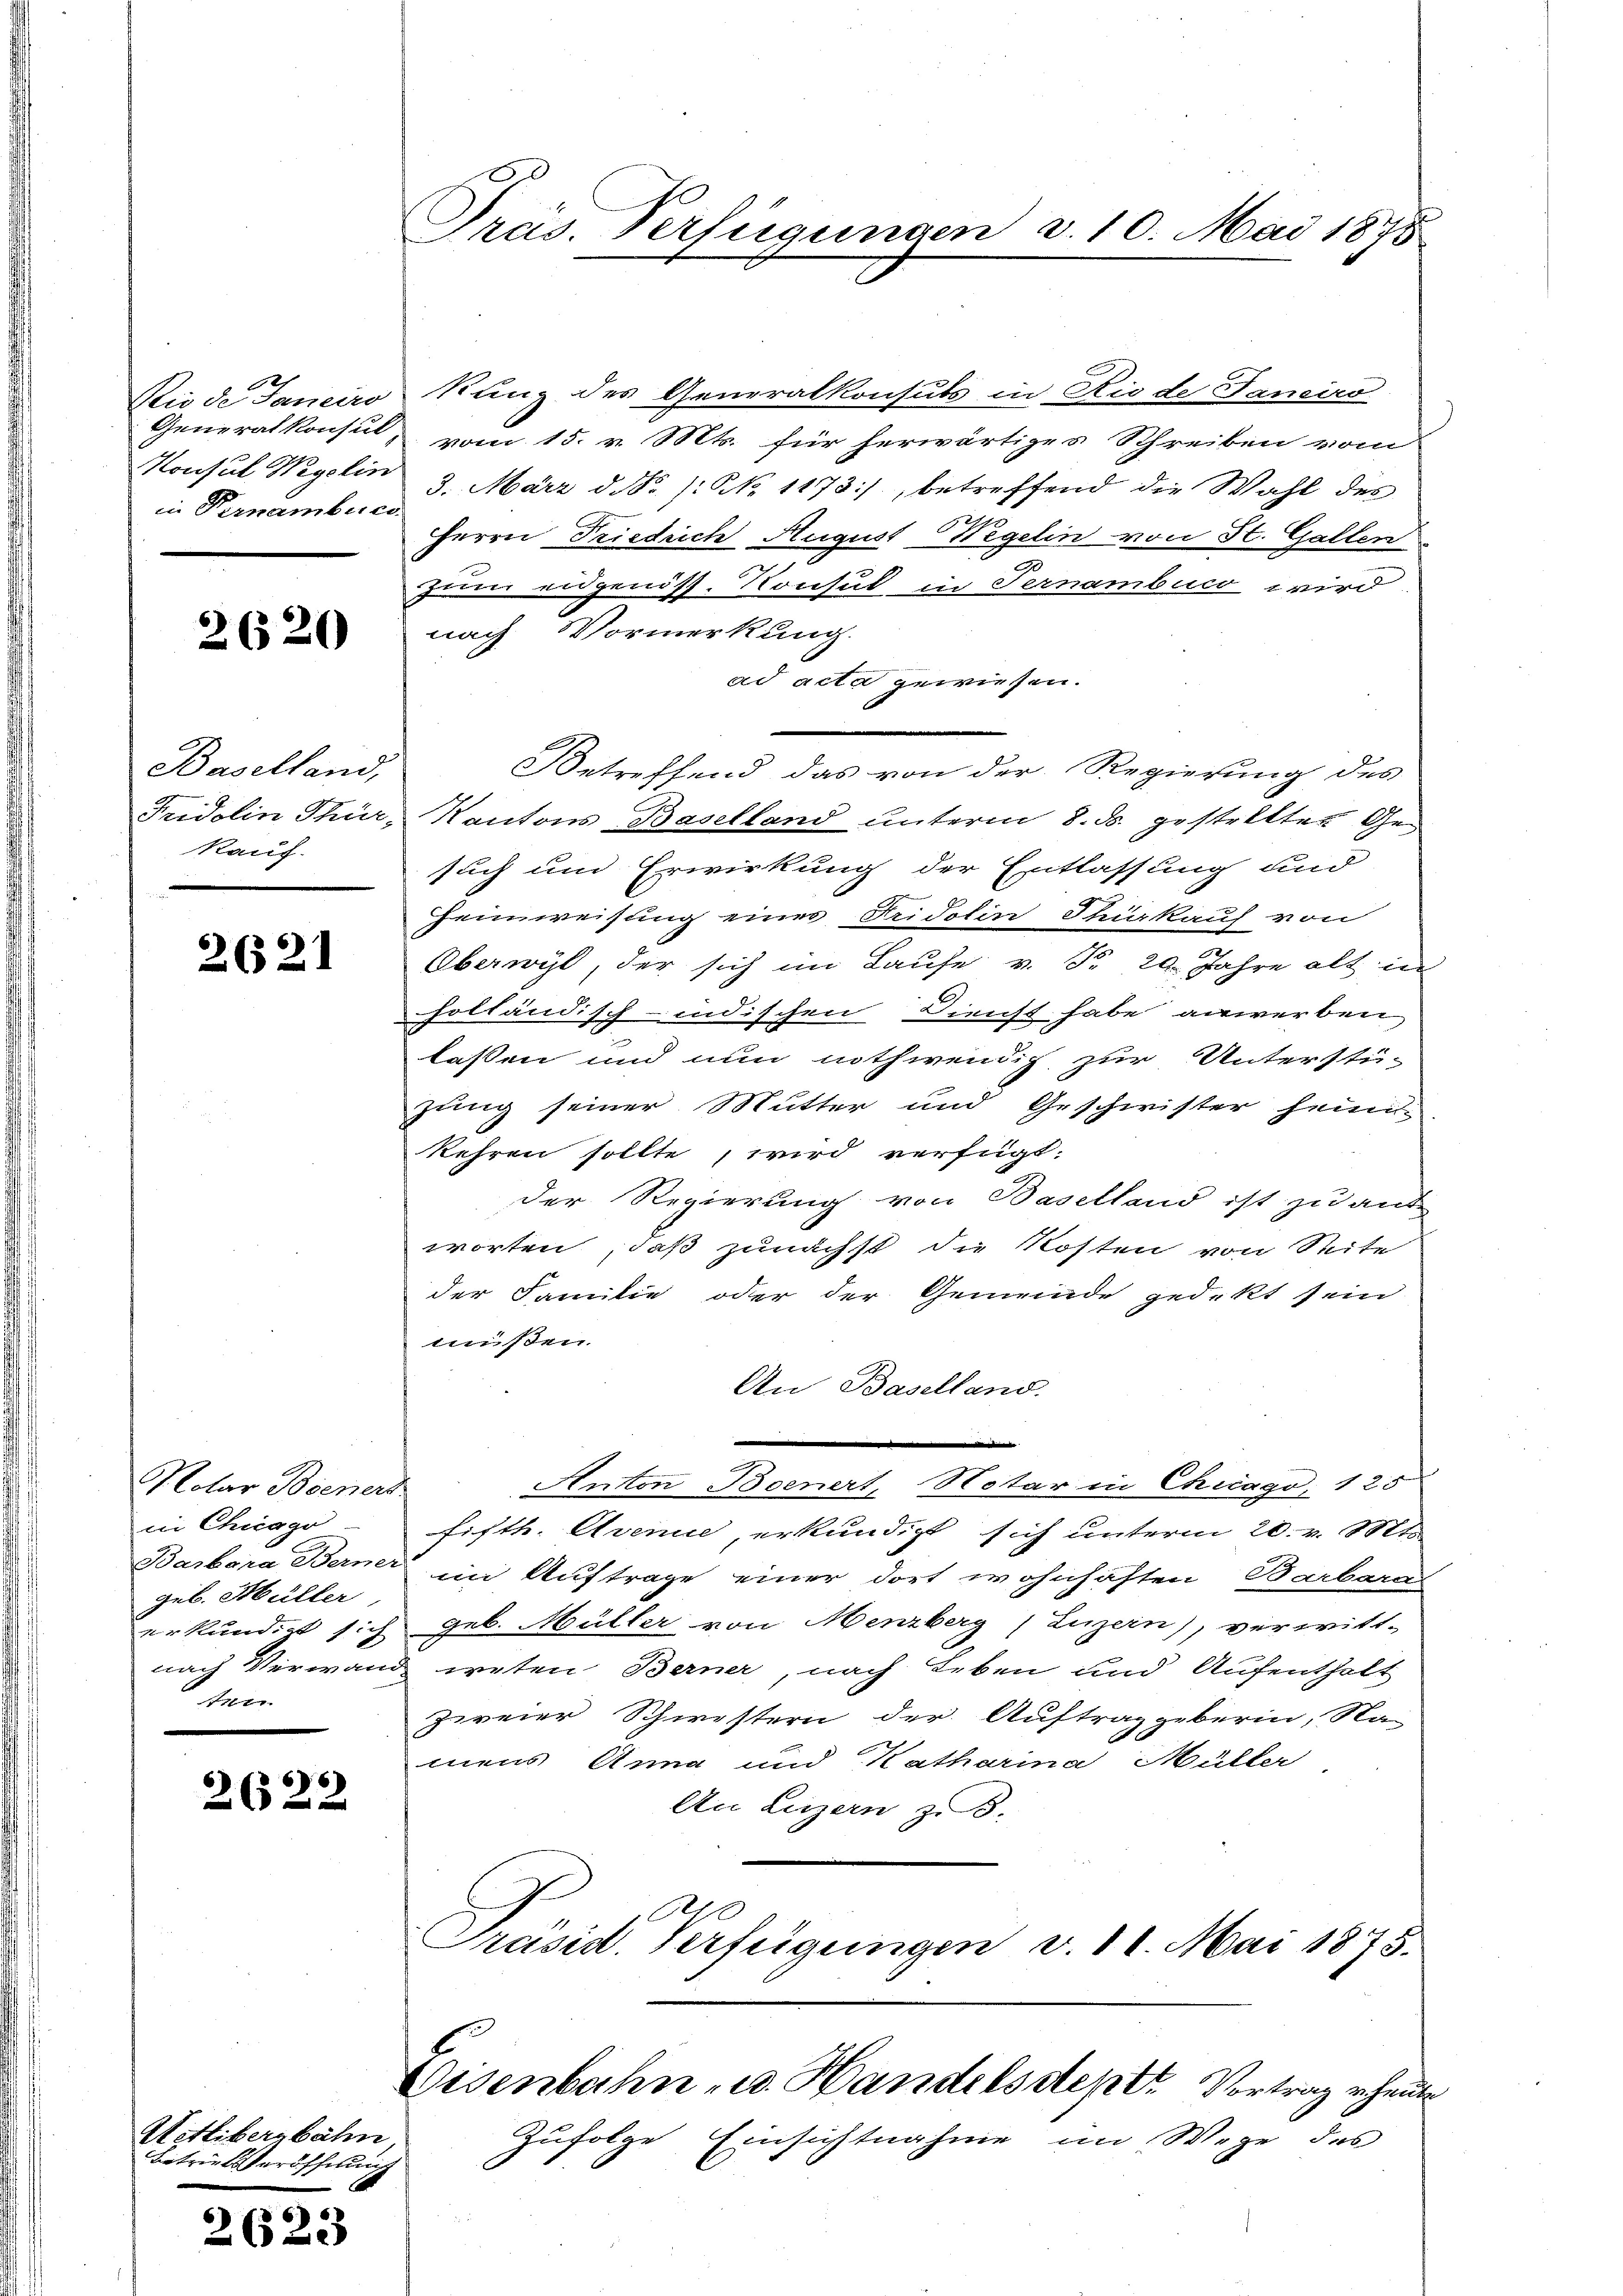
1
Die de Janeiro
Generalkonsul
Konsul Wegelin
in Vernamberei

2620

Baselland,
Fridolin Thür,
Kauf.

2621

Notar Bieners
in Chicago
Barbara Berne.
geb. Hüller
erkundigt sich
nach Verwan
 sein

2622

Hetlibergbahn
Betriebseröffnung

2623

Präs. Verfügungen d. 10. Mai 1875.

kung des Generalkonsuts in Riede Janeiro
vom 15. v. Mts. für herwärtiges Schreiben vom
3. März d. F. /: No 1173), betreffend die Wahl des
Herrn Friedrich August Regelin von St. Gallen
Zum eidgenöss. Konsul in Fernambuco wird
nach Vormerkung.
ad acta gewiesen.
Betreffend das von der Regierung des
Kantons Baselland unterm 8. ds. gestretter Gesuch und Erwirkung der Entlassung und
Heimweisung eines Fridolin Thürkauf von
Oberwyl, der sich im Laufe v. Pr. 29. Jahre alt in
holländisch-indischen Dienst habe anwerben
lassen und nun nothwendig zur Unterstü-
zung seiner Mutter und Geschwister heim-
kehren sollte, wird verfügt:
der Regierung von Baselland ist zu an-
worten, daß zunächst die Kosten von Seite
der Familie oder der Gemeinde gedekt sein
müßen.
An Baselland.
Anton Boenert, Notar in Chicago, 125
fisth. Avence, erkundigt sich unterm 20. v. Mts.
im Auftrage einer dort wohnhaften Barbara
geb. Müller von Menzberg (Luzern), verwitt-
weten Berner, nach Leben und Aufenthalt
zweier Schwistern der Auftraggeberin, Namens Anna und Katharina Müller
An Luzern z. B.
Al
Präsid. Verfügungen v. 11. Mai 1875.
Eisenbahn u. Handelsdeptt Vortrag rheute
Zufolge Einsichtnahme im Wege des